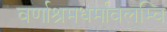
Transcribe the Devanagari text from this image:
वर्णाश्रमधर्मावलम्वि